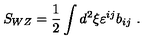
S _ { W Z } = { \frac { 1 } { 2 } } \int d ^ { 2 } \xi \varepsilon ^ { i j } b _ { i j } \ .